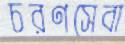
চরণসেবা